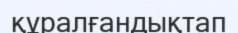
құралғандықтап